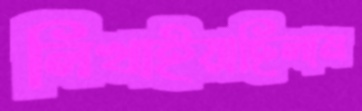
লিখাইয়াছিলাম